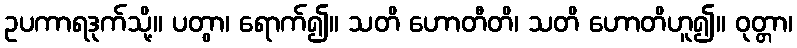
ဥပကာရဒုက်သို့။ ပတွာ၊ ရောက်၍။ သတိ ဟောတီတိ၊ သတိ ဟောတိဟူ၍။ ဝုတ္တာ၊